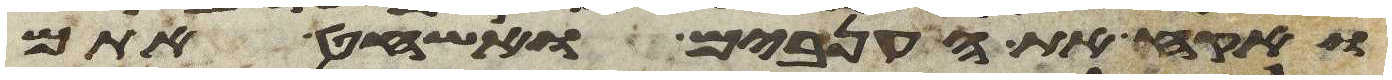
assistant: ואקח את הענבים ואשחט אתם